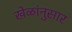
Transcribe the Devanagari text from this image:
खेळांनुसार